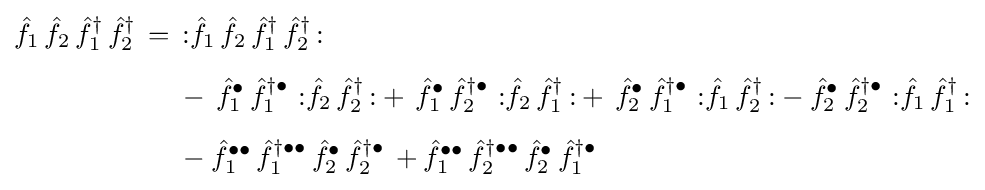
{\begin{aligned}{\hat {f}}_{1}\,{\hat {f}}_{2}\,{\hat {f}}_{1}^{\dagger }\,{\hat {f}}_{2}^{\dagger }\,={}&\,{\mathopen {:}}{\hat {f}}_{1}\,{\hat {f}}_{2}\,{\hat {f}}_{1}^{\dagger }\,{\hat {f}}_{2}^{\dagger }\,{\mathclose {:}}\\[5pt]&-\,{\hat {f}}_{1}^{\bullet }\,{\hat {f}}_{1}^{\dagger \bullet }\,\,{\mathopen {:}}{\hat {f}}_{2}\,{\hat {f}}_{2}^{\dagger }\,{\mathclose {:}}+\,{\hat {f}}_{1}^{\bullet }\,{\hat {f}}_{2}^{\dagger \bullet }\,\,{\mathopen {:}}{\hat {f}}_{2}\,{\hat {f}}_{1}^{\dagger }\,{\mathclose {:}}+\,{\hat {f}}_{2}^{\bullet }\,{\hat {f}}_{1}^{\dagger \bullet }\,\,{\mathopen {:}}{\hat {f}}_{1}\,{\hat {f}}_{2}^{\dagger }\,{\mathclose {:}}-{\hat {f}}_{2}^{\bullet }\,{\hat {f}}_{2}^{\dagger \bullet }\,\,{\mathopen {:}}{\hat {f}}_{1}\,{\hat {f}}_{1}^{\dagger }\,{\mathclose {:}}\\[5pt]&-{\hat {f}}_{1}^{\bullet \bullet }\,{\hat {f}}_{1}^{\dagger \bullet \bullet }\,{\hat {f}}_{2}^{\bullet }\,{\hat {f}}_{2}^{\dagger \bullet }\,+{\hat {f}}_{1}^{\bullet \bullet }\,{\hat {f}}_{2}^{\dagger \bullet \bullet }\,{\hat {f}}_{2}^{\bullet }\,{\hat {f}}_{1}^{\dagger \bullet }\,\end{aligned}}